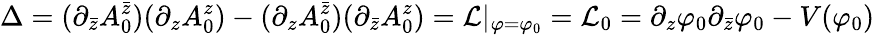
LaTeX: \Delta=(\partial_{\bar{z}}A_{0}^{\bar{z}})(\partial_{z}A_{0}^{z})-(\partial_{z}A_{0}^{\bar{z}})(\partial_{\bar{z}}A_{0}^{z})={\cal L}|_{\varphi=\varphi_{0}}={\cal L}_{0}=\partial_{z}\varphi_{0}\partial_{\bar{z}}\varphi_{0}-V(\varphi_{0})